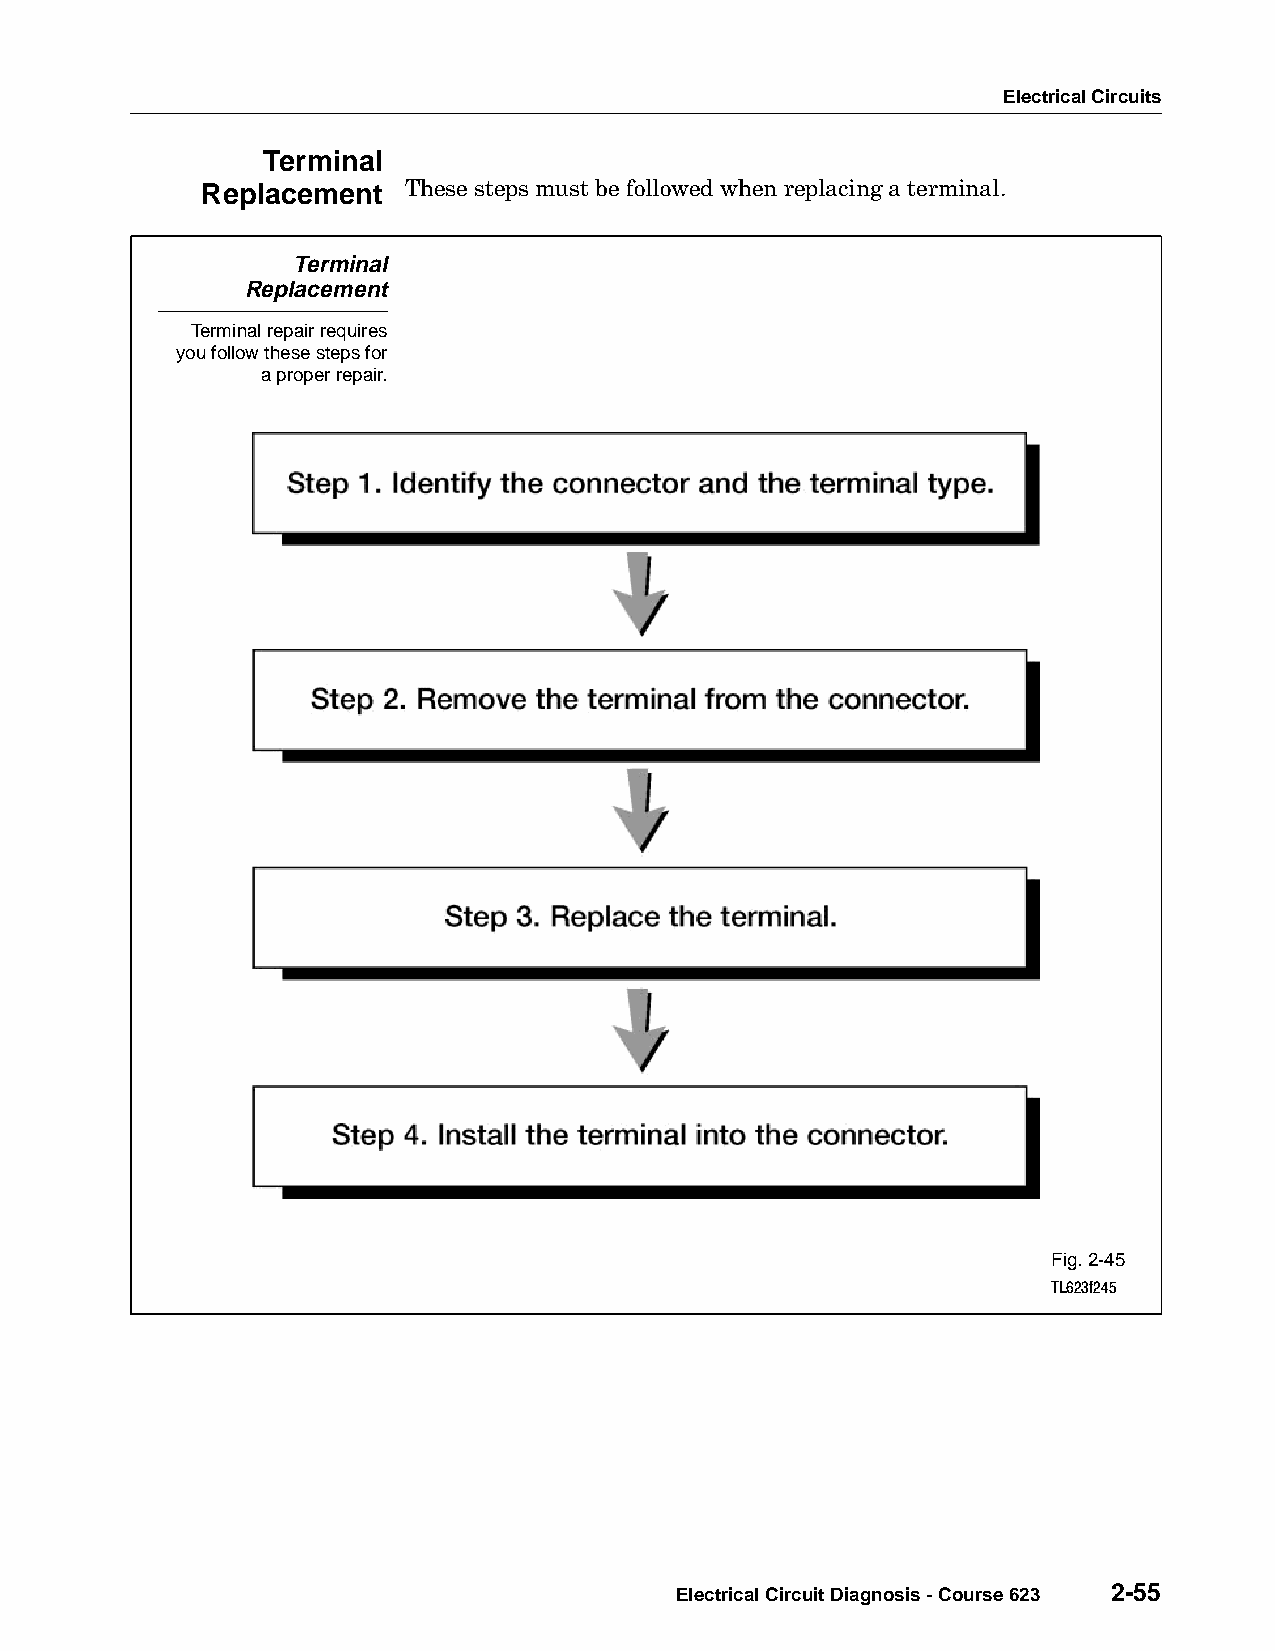
Electrical Circuits
 Terminal
 Replacement   These steps must be followed when replacing a terminal.
 Terminal
 Replacement
 Terminal repair requires
 you follow these steps for
 a proper repair.
 Fig. 2-45
 TL623f245
 Electrical Circuit Diagnosis - Course 623 2-55